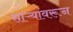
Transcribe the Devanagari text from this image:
साऱ्यांवरून